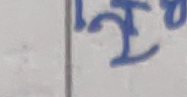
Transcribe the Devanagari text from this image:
त्यी